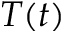
T ( t )